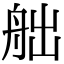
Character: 𦨥